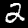
Digit: 2